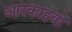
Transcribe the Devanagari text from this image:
आरकाइवों